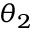
\theta _ { 2 }